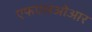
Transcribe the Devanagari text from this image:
एफएलओआर